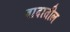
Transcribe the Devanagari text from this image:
वादातील